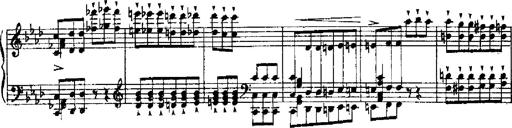
Title: RÃ©miniscences de Robert le diable
Composer: Franz Liszt